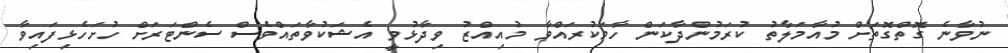
ނުވާނެ ގޮތްގޮތަށް މުއާމަލާތު ކުރަމުންދާކަން ހާމަކުރައްވާ މުއިއްޒު ވިދާޅުވީ އެޝަކުވާތައްވެސް ސެންޓަރަށް ހުށަހެޅިފައިވާ